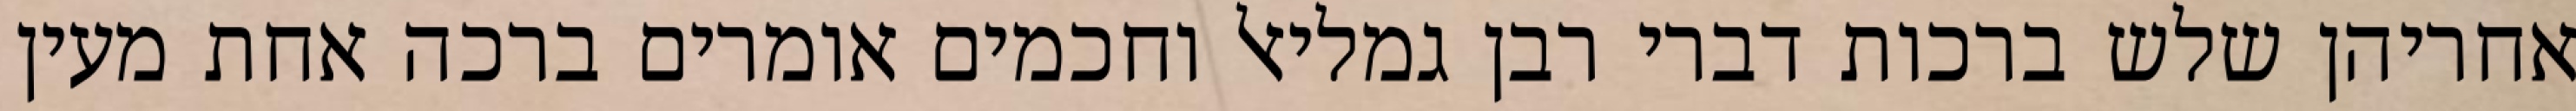
אחריהן שלש ברכות דברי רבן גמליאל וחכמים אומרים ברכה אחת מעין